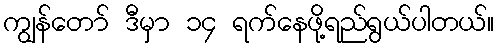
ကျွန်တော် ဒီမှာ ၁၄ ရက်နေဖို့ရည်ရွယ်ပါတယ်။